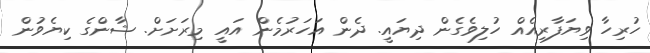
ހުރިހާ ވިޔަފާރިއެއް ހުލިވެގެން ދިޔައީ. ދެން އަހަރުމެން އައީ މިރަށަށް. ޝާންގެ ކިޔެވުން